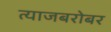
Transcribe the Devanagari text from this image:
त्याजबरोबर